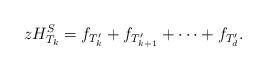
\begin{align*} zH_{T_k}^S = f_{T_k'} + f_{T_{k+1}'} + \cdots + f_{T_d'} .\end{align*}